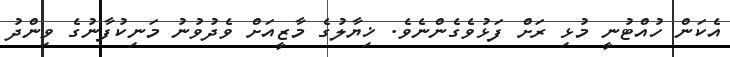
އެކަން ހުއްޓުނީ މުޅި ރަށް ފަޅުވެގެންނެވެ. ޚިޔާލުގެ މާޒީއަށް ވެދުވުނު މަނިކުފާނުގެ ވިންދު